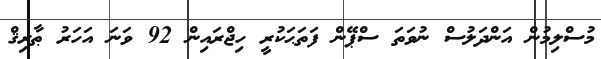
މުސްލިމުން އަންދަލުސް ނުވަތަ ސްޕޭން ފަތަޙަކުރީ ހިޖްރައިން 92 ވަނަ އަހަރު ޠާރިޤް